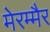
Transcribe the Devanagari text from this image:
मेरम्मैर